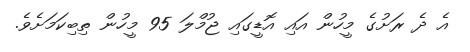
އެ ދެ ރަށުގެ މީހުން އައި އޮޑީގައި ޖުމްލަ 95 މީހުން ތިބިކަމަށެވެ.